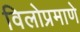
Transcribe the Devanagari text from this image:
विलोप्रमाणे